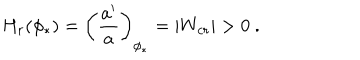
H _ { r } ( \phi _ { * } ) = \left( { \frac { a ^ { \prime } } { a } } \right) _ { \phi _ { * } } = | W _ { c r } | > 0 \ .